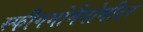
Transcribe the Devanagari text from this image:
स्फीगमोमैनोमीटर